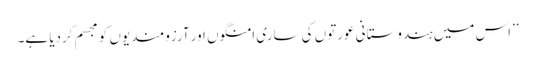
’’اس میں ہندوستانی عورتوں کی ساری امنگوں اور آرزومندیوں کو مجسم کردیا ہے۔